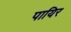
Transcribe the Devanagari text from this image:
पायिर